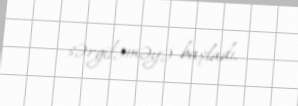
sərgiləməyə başladı.